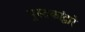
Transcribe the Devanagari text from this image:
पुस्तकांद्वारे